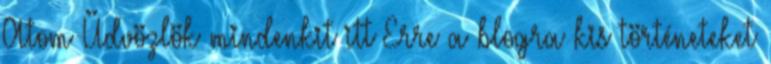
Atom Üdvözlök mindenkit itt Erre a blogra kis történeteket